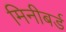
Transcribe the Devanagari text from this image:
मिनीबर्ड